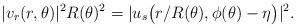
LaTeX: \begin{align*}|v_r(r,\theta)|^2 R(\theta)^2 = | u_s \big( r/R(\theta), \phi(\theta) - \eta \big)|^2 .\end{align*}